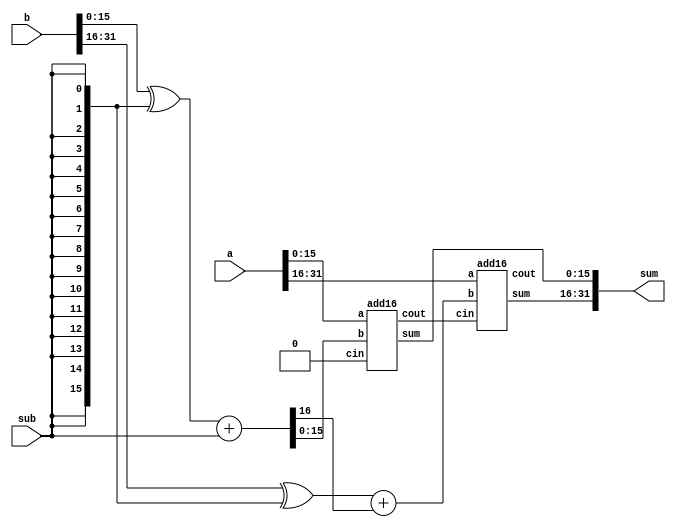
module top_module(
    input [31:0] a,
    input [31:0] b,
    input sub,
    output [31:0] sum
);
  wire[15:0] low_sum,high_sum;
  wire low_cout,high_cout;
  wire [15:0] low_part;
  wire low_xor_cout;
  assign {low_xor_cout,low_part} = (b[15:0] ^ {16{sub}}) + sub;
  add16 add_inst1(a[15:0],low_part,1'b0,sum[15:0],low_cout);
  add16 add_inst2(a[31:16],(b[31:16] ^ {16{sub}}) + low_xor_cout,low_cout,sum[31:16],high_cout);
endmodule



module add16 ( input[15:0] a, input[15:0] b, input cin, output[15:0] sum, output cout );
  assign {cout,sum} = a + b + cin;
endmodule